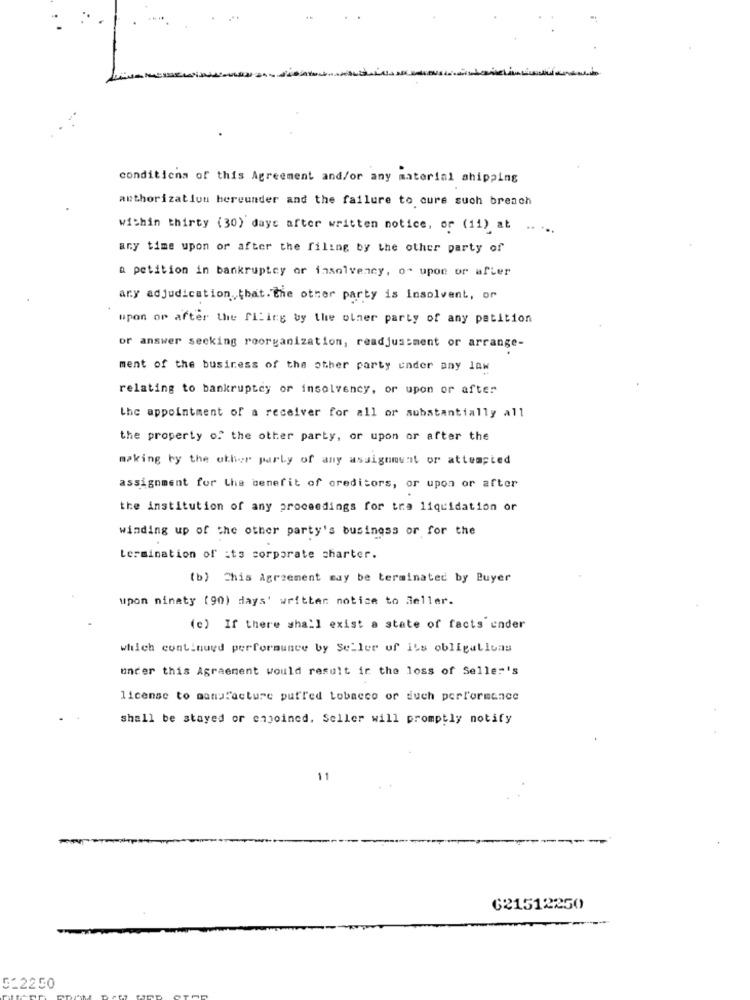
conditions of this Agreement and/or any material shipping
authorization bereunder and the failure to cure such breach
within thirty (30) days after written notice, or (11) at
any time upon or after the filing by the other party of
a petition in bankruptcy or insolvency, o- upon or after
ary adjudication that. the other party is Insolvent, or
upon or after the filing by the other party of any petition
or answer seeking roorganization, readjustment or arrange-
ment of the business of the other party under any law
relating to bankruptcy or insolvency, or upon or after
the appointment of a receiver for all or substantially all
the property of the other party, or upon or after the
making by the other party of any assignment or attempted
assignment for the benefit of oreditors, or upon or after
the institution of any proceedings for tra liquidation or
winding up of the other party's business or for the
termination of its corporate charter.
(b) This Agreement may be terminated by Buyer
upon ninaty (90) days' written notice to Seller.
(c) If there shall exist a state of facts ender
which continued performance by Seller of its obligativas
under this Agraement would result ir the loss of Seller's
license to manufacture puffed Lobacco or duch performance
shall be stayed or enjoined, Seller will promptly notify
11
621512250
5-2250